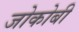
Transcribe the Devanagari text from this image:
जोकोबी